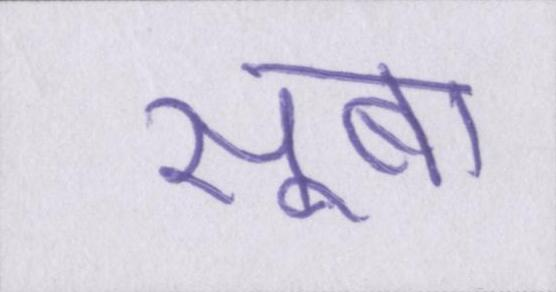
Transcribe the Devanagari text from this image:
सूबा